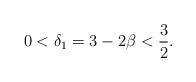
LaTeX: \begin{align*} 0<\delta_1=3-2\beta<\frac{3}{2}.\end{align*}